Papers set at the Examination for Leaving Certificates, 1889
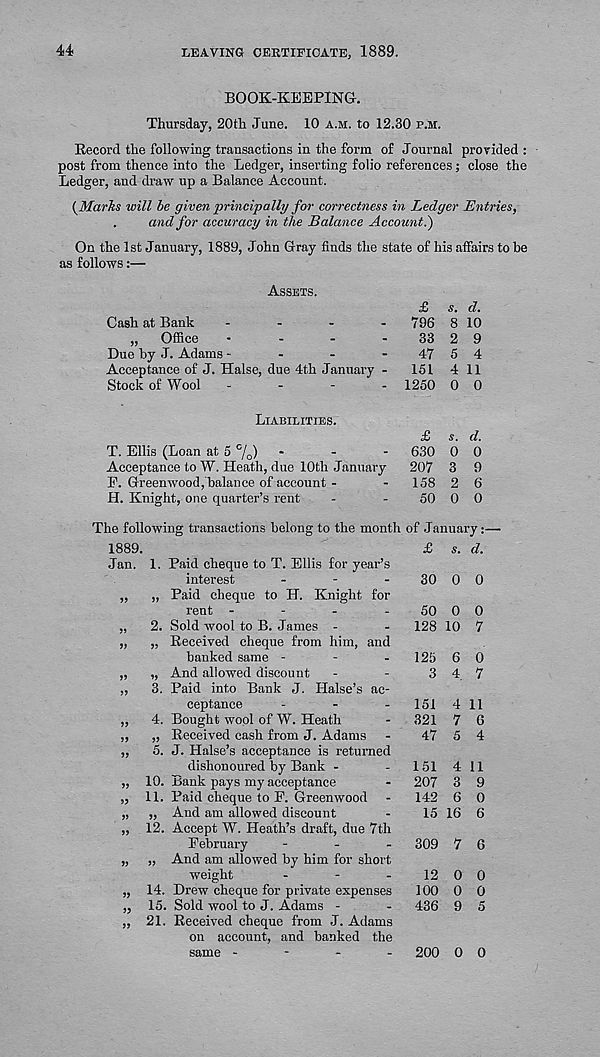
44
LEAVING CERTIFICATE, 1889.
BOOK-KEEPING.
Thursday, 20th June. 10 a.m. to 12.30 p.m.
Record the following transactions in the form of Journal provided :
post from thence into the Ledger, inserting folio references ; close the
Ledger, and draw up a Balance Account.
{Marks will be given principally for correctness in Ledger Entries,
.
and for accuracy in the Balance Account})
On the 1st January, 1889, John Gray finds the state of his affairs to be
as follows:—
Assets.
Cash at Bank
-
-
-
-
„ Office
....
Due by J. Adams -
-
-
-
Acceptance of J. Halse, due 4th January -
Stock of Wool
-
£ s. d.
796 8 10
33 2 9
47 5 4
151 4 11
1250 0 0
Liabilities.
T. Ellis (Loan at 5 %) -
Acceptance to W. Heath, due 10th January
E. Greenwood/balance of account -
H. Knight, one quarter’s rent
£ s. d.
630 0 0
207 3 9
158 2 6
50 0 0
The following transactions belong to the month of January:—
1889.
Jan. 1. Paid cheque to T. Ellis for year’s
interest
-
-
-
„ „ Paid cheque to H. Knight for
rent -
-
-
-
„ 2. Sold wool to B. James -
„ „ Received cheque from him, and
banked same -
„ „ And allowed discount
„ 3. Paid into Bank J. Halse’s ac-
ceptance
-
-
.
,, 4. Bought wool of W. Heath
„ „ Received cash from J. Adams
,, 5. J. Halse’s acceptance is returned
dishonoured by Bank -
„ 10. Bank pays my acceptance
„ 11. Paid cheque to F. Greenwood
„ „ And am allowed discount
„ 12. Accept W. Heath’s draft, due 7th
February
-
-
-
„ „ And am allowed by him for short
weight
-
-
-
„ 14. Drew cheque for private expenses
„ 15. Sold wool to J. Adams -
„ 21. Received cheque from J. Adams
on account, and banked the
same -
-
-
-
£ s. d.
30 0 0
50 0 0
128 10 7
125 6 0
3 4. 7
151 4 11
321 7 G
47 5 4
151 4 11
207 3 9
142 6 0
15 16 6
309 7 6
12 0 0
100 0 0
436 9 5
200 0 0